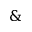
\&